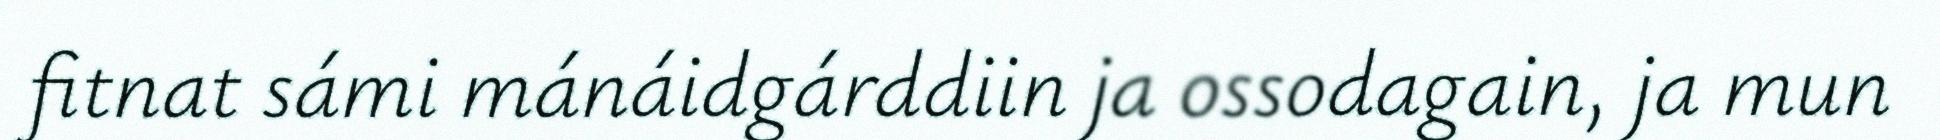
fitnat sámi mánáidgárddiin ja ossodagain, ja mun